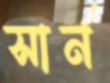
সার্ন